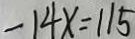
- 1 4 x = 1 1 5